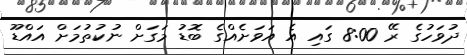
ދުވަހުގެ ރޭ 8:00 ގައި އެ އަވަށެއްގެ ބޮޑު މަގަށް ނުކުތުމަށް އައްޑޫ